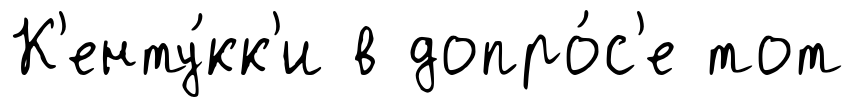
К'енту́кк'и в допро́с'е тот